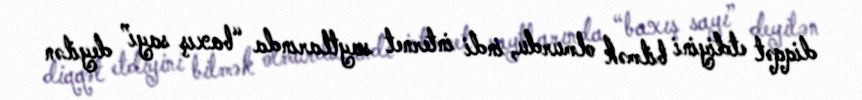
diqqət etdiyini bilmək olmurdu, indi internet saytlarında “baxış sayı” deyilən